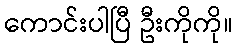
ကောင်းပါပြီ ဦးကိုကို။